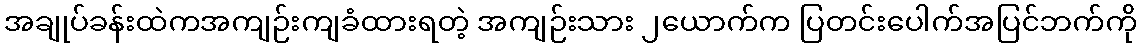
အချုပ်ခန်းထဲကအကျဉ်းကျခံထားရတဲ့ အကျဉ်းသား ၂ယောက်က ပြတင်းပေါက်အပြင်ဘက်ကို